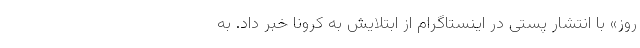
روز» با انتشار پستی در اینستاگرام از ابتلایش به کرونا خبر داد. به